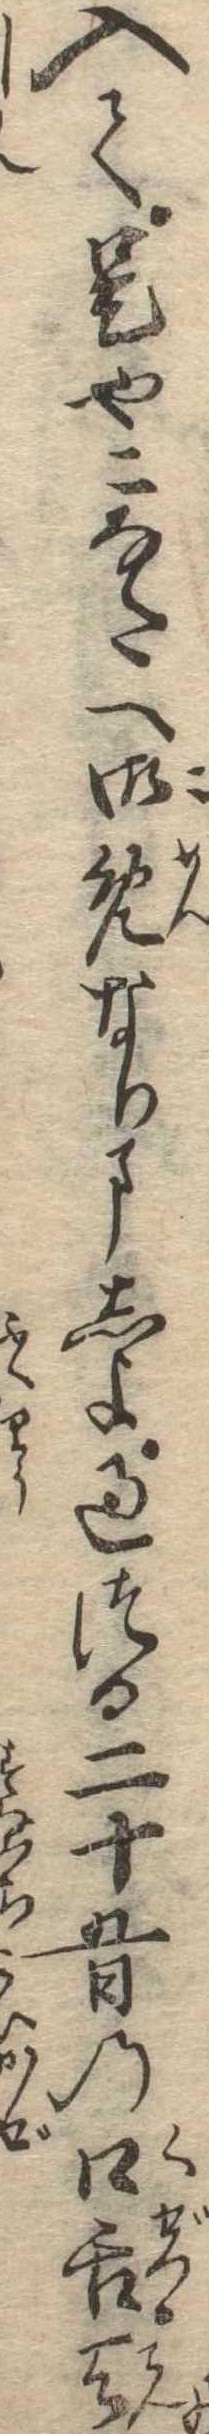
入て是やこなたへ御免なりましよ過つる二十五日の口舌天